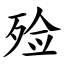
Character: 殓